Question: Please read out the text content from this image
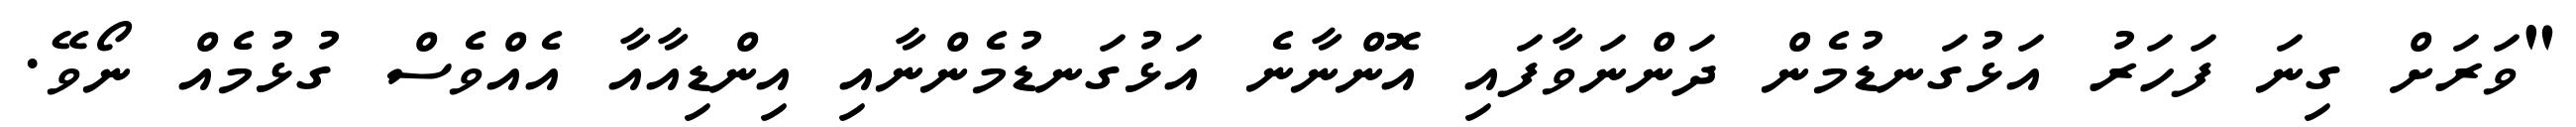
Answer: "ވަރަށް ގިނަ ފަހަރު އަޅުގަނޑުމެން ދަންނަވާފައި އޮންނާނެ އަޅުގަނޑުމެންނާއި އިންޑިއާއާ އެއްވެސް ގުޅުމެއް ނޯވޭ.